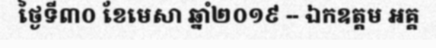
ថ្ងៃទី៣០ ខែមេសា ឆ្នាំ២០១៩ -- ឯកឧត្តម អគ្គ